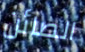
الصائن